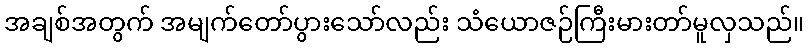
အချစ်အတွက် အမျက်တော်ပွားသော်လည်း သံယောဇဉ်ကြီးမားတာ်မူလှသည်။